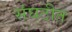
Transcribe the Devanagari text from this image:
संघठीत